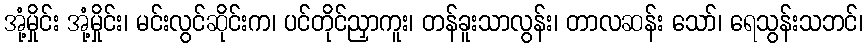
အုံ့မှိုင်း အုံ့မှိုင်း၊ မင်းလွင်ဆိုင်းက၊ ပင်တိုင်ညှာကူး၊ တန်ခူးသာလွန်း၊ တာလဆန်း သော်၊ ရေသွန်းသဘင်၊